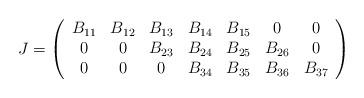
LaTeX: \begin{align*}J=\left (\begin{array}{ccccccc} B_{11} & B_{12} & B_{13} & B_{14} & B_{15} & 0 & 0\\0 & 0 & B_{23} & B_{24} & B_{25} & B_{26} & 0\\0 & 0 & 0 & B_{34} & B_{35} & B_{36} & B_{37}\end{array}\right)\end{align*}